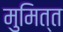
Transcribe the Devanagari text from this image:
मुमित्त